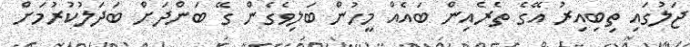
ޖަލުގައި ތިބިއިރު އޭގެ ތެރެއިން ބައެއް މީހުން ބަލިވެގެން ގޭ ބަންދަށް ބަދަލުކުރުމަށް